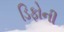
ડિફોની